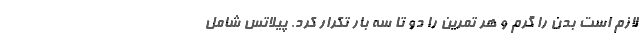
لازم است بدن را گرم و هر تمرین را دو تا سه بار تکرار کرد. پیلاتس شامل